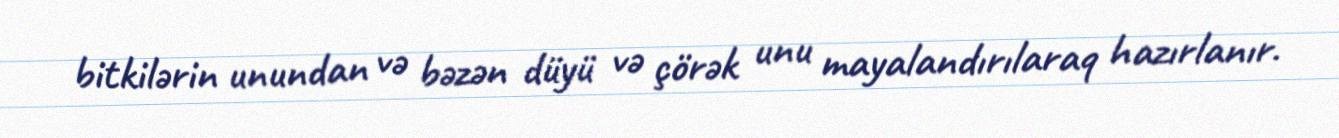
bitkilərin unundan və bəzən düyü və çörək unu mayalandırılaraq hazırlanır.